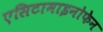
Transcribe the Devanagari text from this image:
एसिटामाइनोफेन